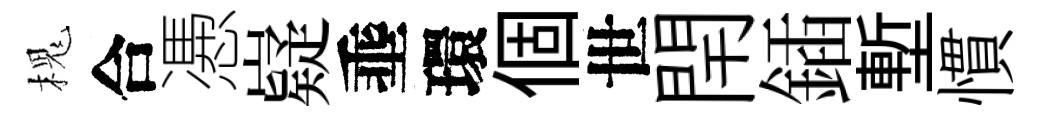
槐合慿嶷埀環個世閈鍤塹慣